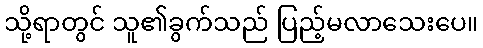
သို့ရာတွင် သူ၏ခွက်သည် ပြည့်မလာသေးပေ။